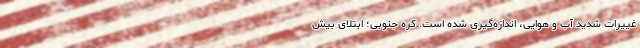
غییرات شدید آب و هوایی، اندازه‌گیری شده است. کره جنوبی؛ ابتلای بیش